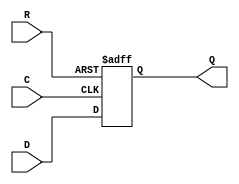
module _DFF_NP1_(D, Q, C, R);
input D, C, R;
output reg Q;
always @(negedge C or posedge R) begin
	if (R == 1)
		Q <= 1;
	else
		Q <= D;
end
endmodule